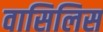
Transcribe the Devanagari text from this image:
वासिलिस